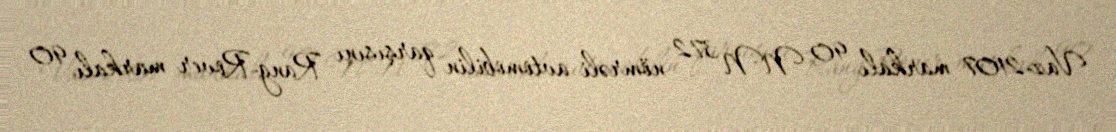
Vaz-2107 markalı 90 NN 372 nömrəli avtomobilin qarşısını Rang-Rover markalı 90